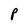
Character: P